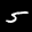
Label: 5